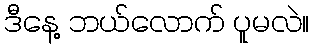
ဒီနေ့ ဘယ်လောက် ပူမလဲ။